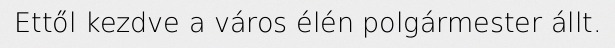
Ettől kezdve a város élén polgármester állt.